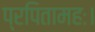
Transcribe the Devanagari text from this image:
प्रपितामहः।